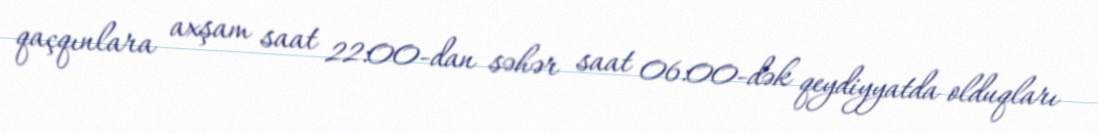
qaçqınlara axşam saat 22:00-dan səhər saat 06:00-dək qeydiyyatda olduqları